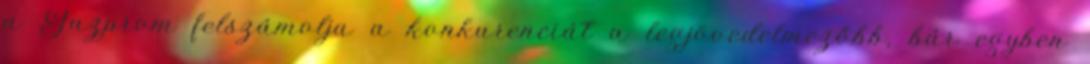
a Gazprom felszámolja a konkurenciát a legjövedelmezőbb, bár egyben